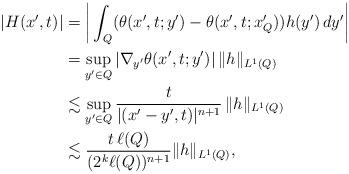
LaTeX: \begin{align*}|H(x', t)| &= \bigg|\int_{Q} (\theta(x', t; y') - \theta(x', t; x'_Q) ) h(y') \, dy'\bigg|\\ &= \sup_{y' \in Q} |\nabla_{y'} \theta(x', t; y')| \, \|h\|_{L^1(Q)} \\&\lesssim \sup_{y' \in Q} \frac{t}{|(x'-y', t)|^{n+1}} \, \|h\|_{L^1(Q)} \\& \lesssim \frac{t \, \ell(Q)}{(2^k \ell(Q))^{n+1}} \|h\|_{L^1(Q)}, \end{align*}